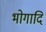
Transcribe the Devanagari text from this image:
भोगादि